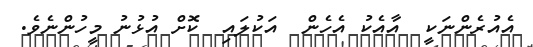
އެއުރެންނަކީ  އާއެކު އެހެން  އަކުލައި  ކޮށް އުޅުނު މީހުންނެވެ.